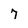
Character: 7